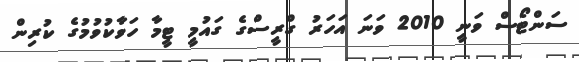
ސަންޓޯސް ވަނީ 2010 ވަނަ އަހަރު ގްރީސްގެ ގައުމީ ޓީމާ ހަވާކުވުމުގެ ކުރިން